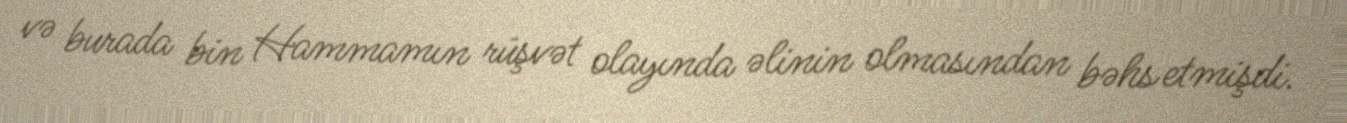
və burada bin Hammamın rüşvət olayında əlinin olmasından bəhs etmişdi.